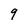
Character: 9